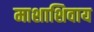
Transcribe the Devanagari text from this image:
माशाशिवाय